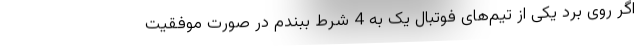
اگر روی برد یکی از تیم‌های فوتبال یک به 4 شرط ببندم در صورت موفقیت